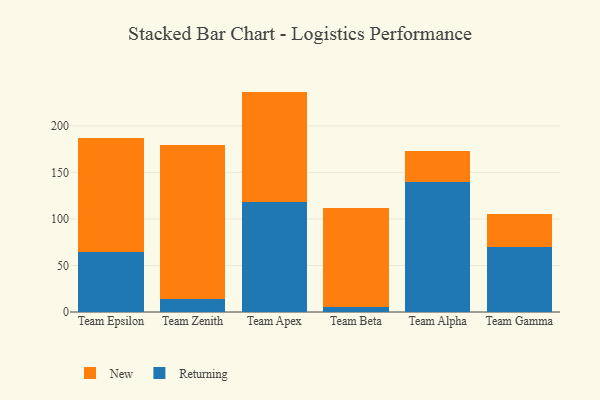
{"axis": {"x": "Team", "y": "Inventory Turnover"}, "legend": ["New", "Returning"], "data": [{"x": "Team Epsilon", "y": 64.4, "type": "Returning"}, {"x": "Team Epsilon", "y": 122.8, "type": "New"}, {"x": "Team Zenith", "y": 13.8, "type": "Returning"}, {"x": "Team Zenith", "y": 166.0, "type": "New"}, {"x": "Team Apex", "y": 118.7, "type": "Returning"}, {"x": "Team Apex", "y": 118.1, "type": "New"}, {"x": "Team Beta", "y": 5.5, "type": "Returning"}, {"x": "Team Beta", "y": 105.9, "type": "New"}, {"x": "Team Alpha", "y": 140.1, "type": "Returning"}, {"x": "Team Alpha", "y": 33.1, "type": "New"}, {"x": "Team Gamma", "y": 69.9, "type": "Returning"}, {"x": "Team Gamma", "y": 35.0, "type": "New"}]}